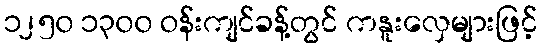
၁၂၅၀ ၁၃၀၀ ဝန်းကျင်ခန့်တွင် ကနူးလှေများဖြင့်